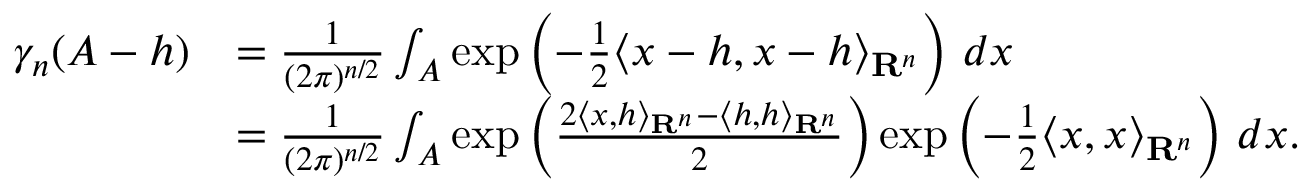
{ \begin{array} { r l } { \gamma _ { n } ( A - h ) } & { = { \frac { 1 } { ( 2 \pi ) ^ { n / 2 } } } \int _ { A } \exp \left( - { \frac { 1 } { 2 } } \langle x - h , x - h \rangle _ { \mathbf { R } ^ { n } } \right) \, d x } \\ & { = { \frac { 1 } { ( 2 \pi ) ^ { n / 2 } } } \int _ { A } \exp \left( { \frac { 2 \langle x , h \rangle _ { \mathbf { R } ^ { n } } - \langle h , h \rangle _ { \mathbf { R } ^ { n } } } { 2 } } \right) \exp \left( - { \frac { 1 } { 2 } } \langle x , x \rangle _ { \mathbf { R } ^ { n } } \right) \, d x . } \end{array} }